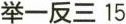
举一反三15